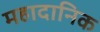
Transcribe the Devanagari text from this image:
महादानिक